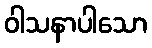
ဝါသနာပါသော